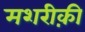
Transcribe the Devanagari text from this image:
मशरीक़ी